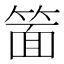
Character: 𮅥